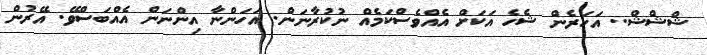
ޝްޝްޝް.. އަހަރެން ޝެހެ އަކަށް އެއްވެސްކަމެއް ނުކުރާނަން. އަހަންނާ އިންނަން އެއްބަސްވޭ. އޭރުން